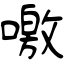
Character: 噭